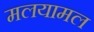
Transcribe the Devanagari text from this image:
मलयामल